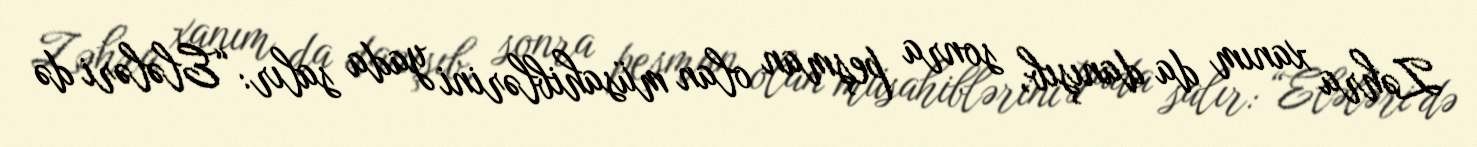
Zəhra xanım da danışıb, sonra peşman olan müsahiblərini yada salır: “Elələri də